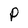
Character: P